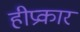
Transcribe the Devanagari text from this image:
हीप्रकार